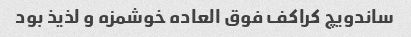
ساندویچ کراکف فوق العاده خوشمزه و لذیذ بود